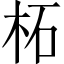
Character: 柘